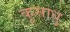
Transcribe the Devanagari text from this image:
कुसाधु